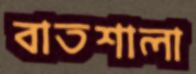
বাতশালা